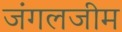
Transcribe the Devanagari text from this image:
जंगलजीम